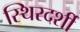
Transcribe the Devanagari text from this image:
स्थिरदर्शी